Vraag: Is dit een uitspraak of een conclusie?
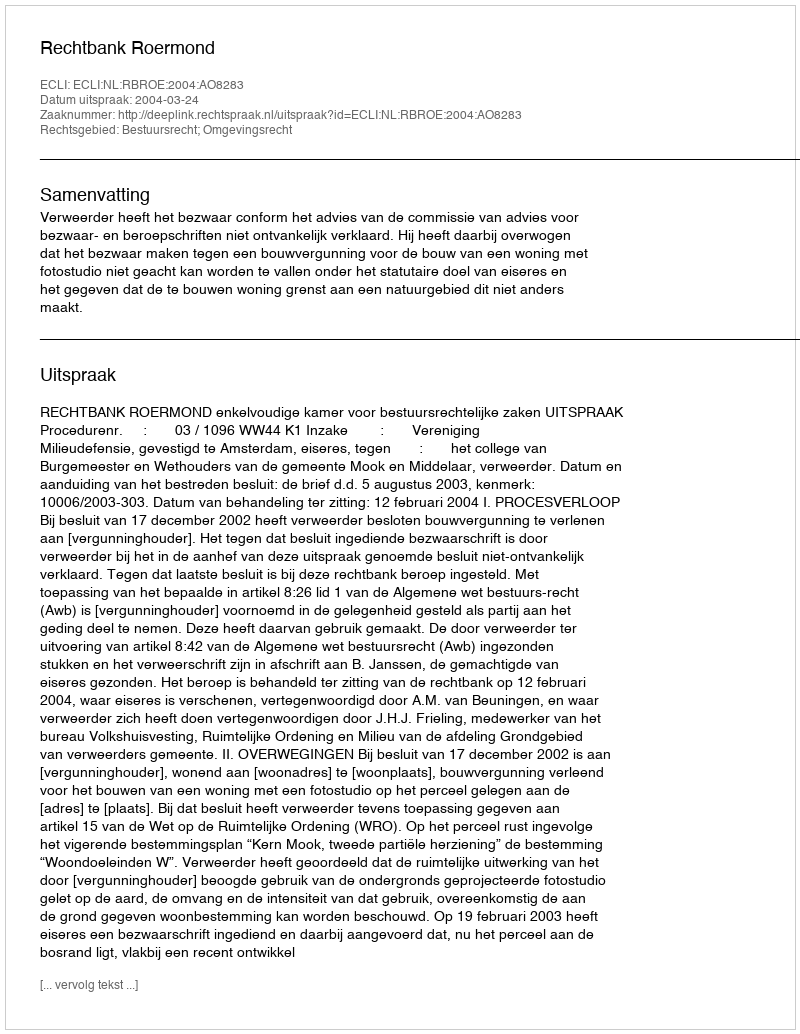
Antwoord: Uitspraak